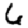
Digit: 6